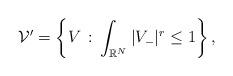
LaTeX: \begin{align*}\mathcal{V}'=\left\{V\, :\, \int_{\mathbb{R}^N} |V_-|^{r}\le 1\right\},\end{align*}